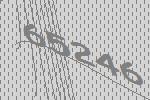
65246